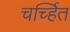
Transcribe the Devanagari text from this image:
चर्च्हित